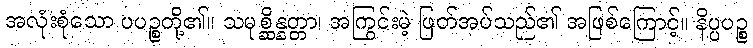
အလုံးစုံသော ပပဉ္စတို့၏။ သမုစ္ဆိန္နတ္တာ၊ အကြွင်းမဲ့ ဖြတ်အပ်သည်၏ အဖြစ်ကြောင့်။ နိပ္ပပဉ္စ